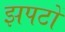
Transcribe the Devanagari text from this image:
झपटों